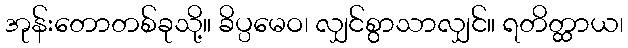
အုန်းတောတစ်ခုသို့။ ခိပ္ပမေဝ၊ လျှင်စွာသာလျှင်။ ရတိတ္ထာယ၊